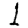
Digit: 1